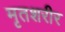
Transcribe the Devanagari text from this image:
मृतशरीर